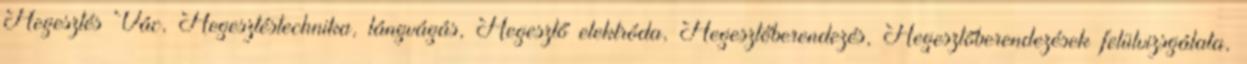
Hegesztés Vác, Hegesztéstechnika, lángvágás, Hegesztő elektróda, Hegesztőberendezés, Hegesztőberendezések felülvizsgálata,